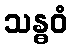
သန္ဓဝံ